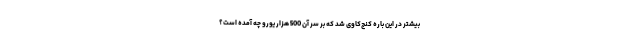
بیشتر در این باره کنج‌کاوی شد که بر سر آن 500 هزار یورو چه آمده است؟